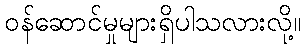
ဝန်ဆောင်မှုများရှိပါသလားလို့။